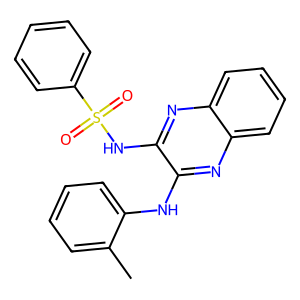
SMILES: Cc1ccccc1Nc1nc2ccccc2nc1NS(=O)(=O)c1ccccc1
Inhibits HIV replication: No